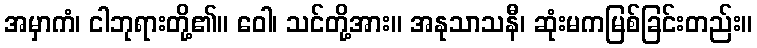
အမှာကံ၊ ငါဘုရားတို့၏။ ဝေါ၊ သင်တို့အား။ အနုသာသနီ၊ ဆုံးမကမြစ်ခြင်းတည်း။